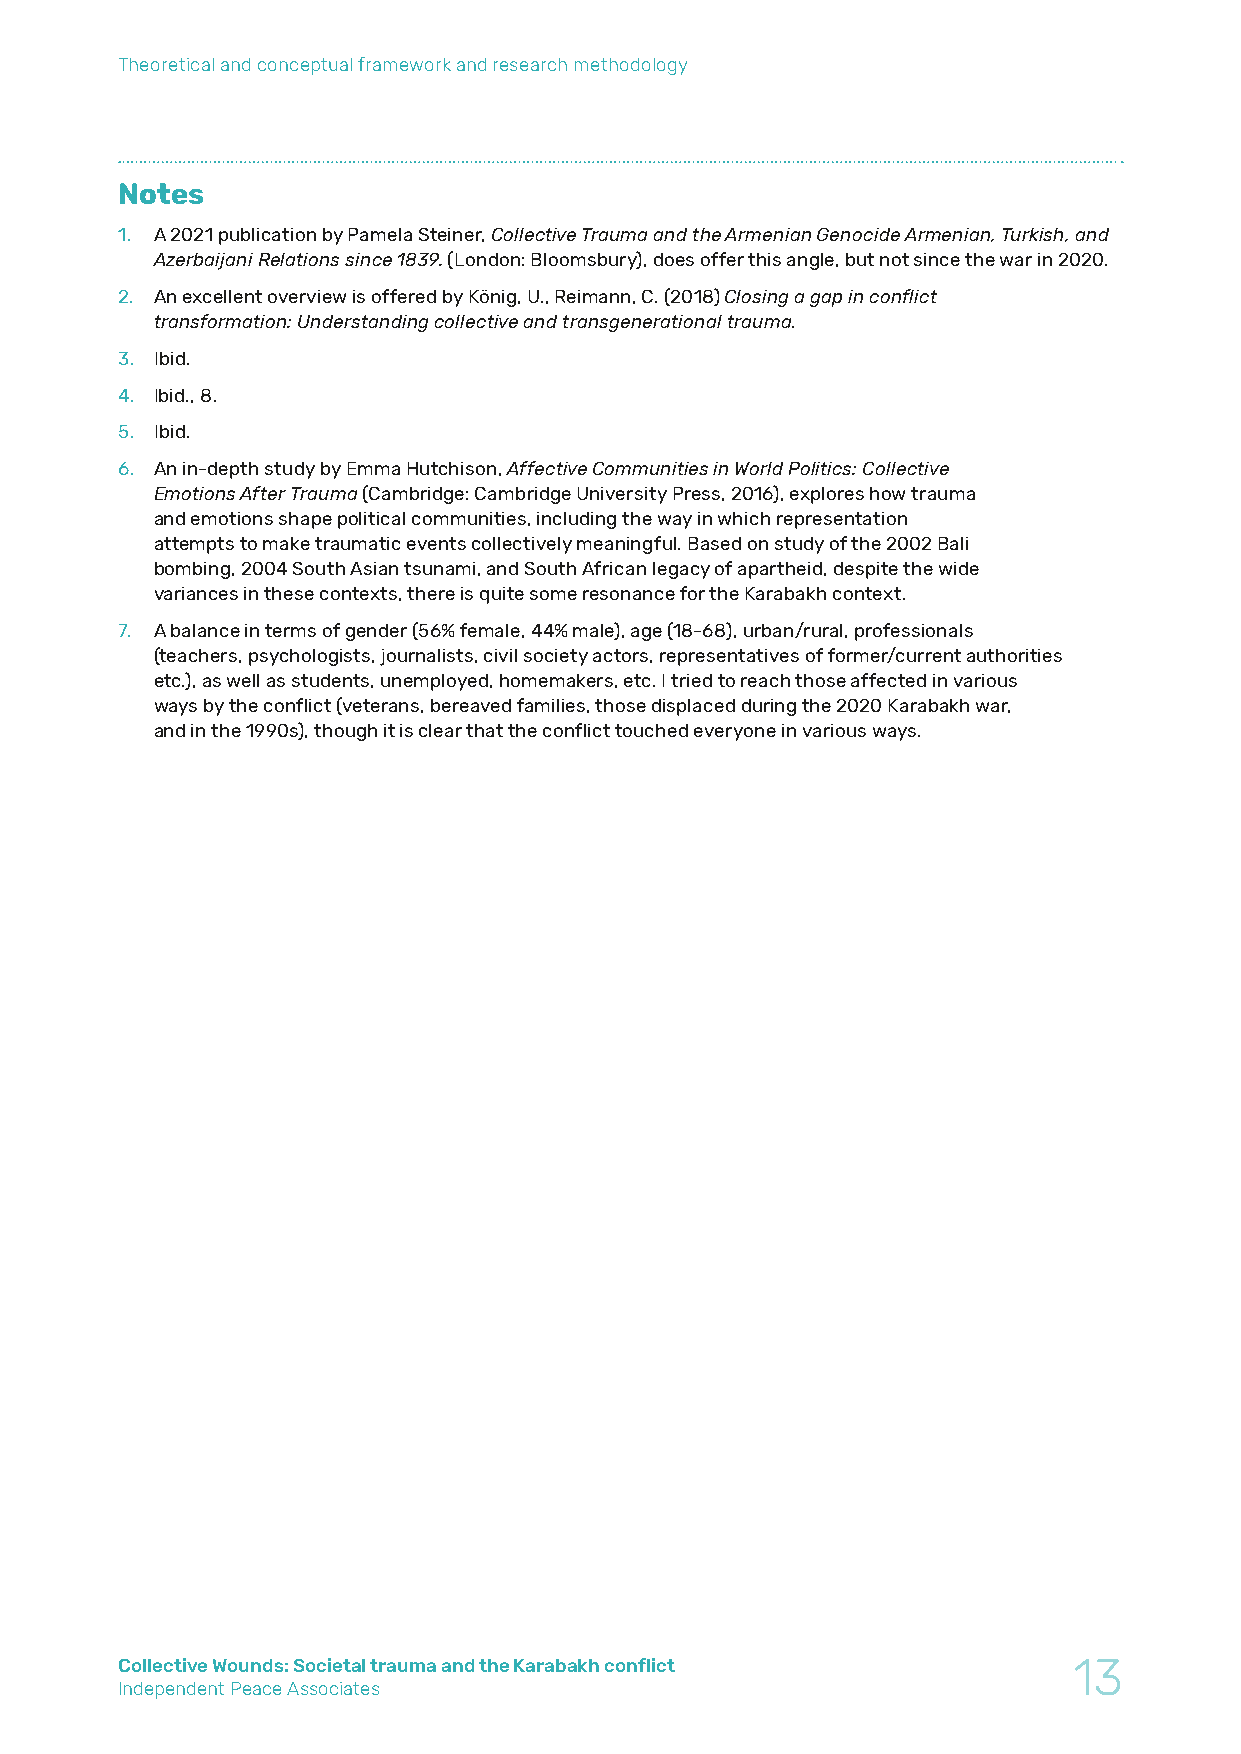
Theoretical and conceptual framework and research methodology
 Notes
 1. A 2021 publication by Pamela Steiner, Collective Trauma and the Armenian Genocide Armenian, Turkish, and
 Azerbaijani Relations since 1839. (London: Bloomsbury), does offer this angle, but not since the war in 2020.
 2. An excellent overview is offered by König, U., Reimann, C. (2018) Closing a gap in conflict
 transformation: Understanding collective and transgenerational trauma.
 3. Ibid.
 4. Ibid., 8.
 5. Ibid.
 6. An in-depth study by Emma Hutchison, Affective Communities in World Politics: Collective
 Emotions After Trauma (Cambridge: Cambridge University Press, 2016), explores how trauma
 and emotions shape political communities, including the way in which representation
 attempts to make traumatic events collectively meaningful. Based on study of the 2002 Bali
 bombing, 2004 South Asian tsunami, and South African legacy of apartheid, despite the wide
 variances in these contexts, there is quite some resonance for the Karabakh context.
 7. A balance in terms of gender (56% female, 44% male), age (18-68), urban/rural, professionals
 (teachers, psychologists, journalists, civil society actors, representatives of former/current authorities
 etc.), as well as students, unemployed, homemakers, etc. I tried to reach those affected in various
 ways by the conflict (veterans, bereaved families, those displaced during the 2020 Karabakh war,
 and in the 1990s), though it is clear that the conflict touched everyone in various ways.
 Collective Wounds: Societal trauma and the Karabakh conflict   13
 Independent Peace Associates